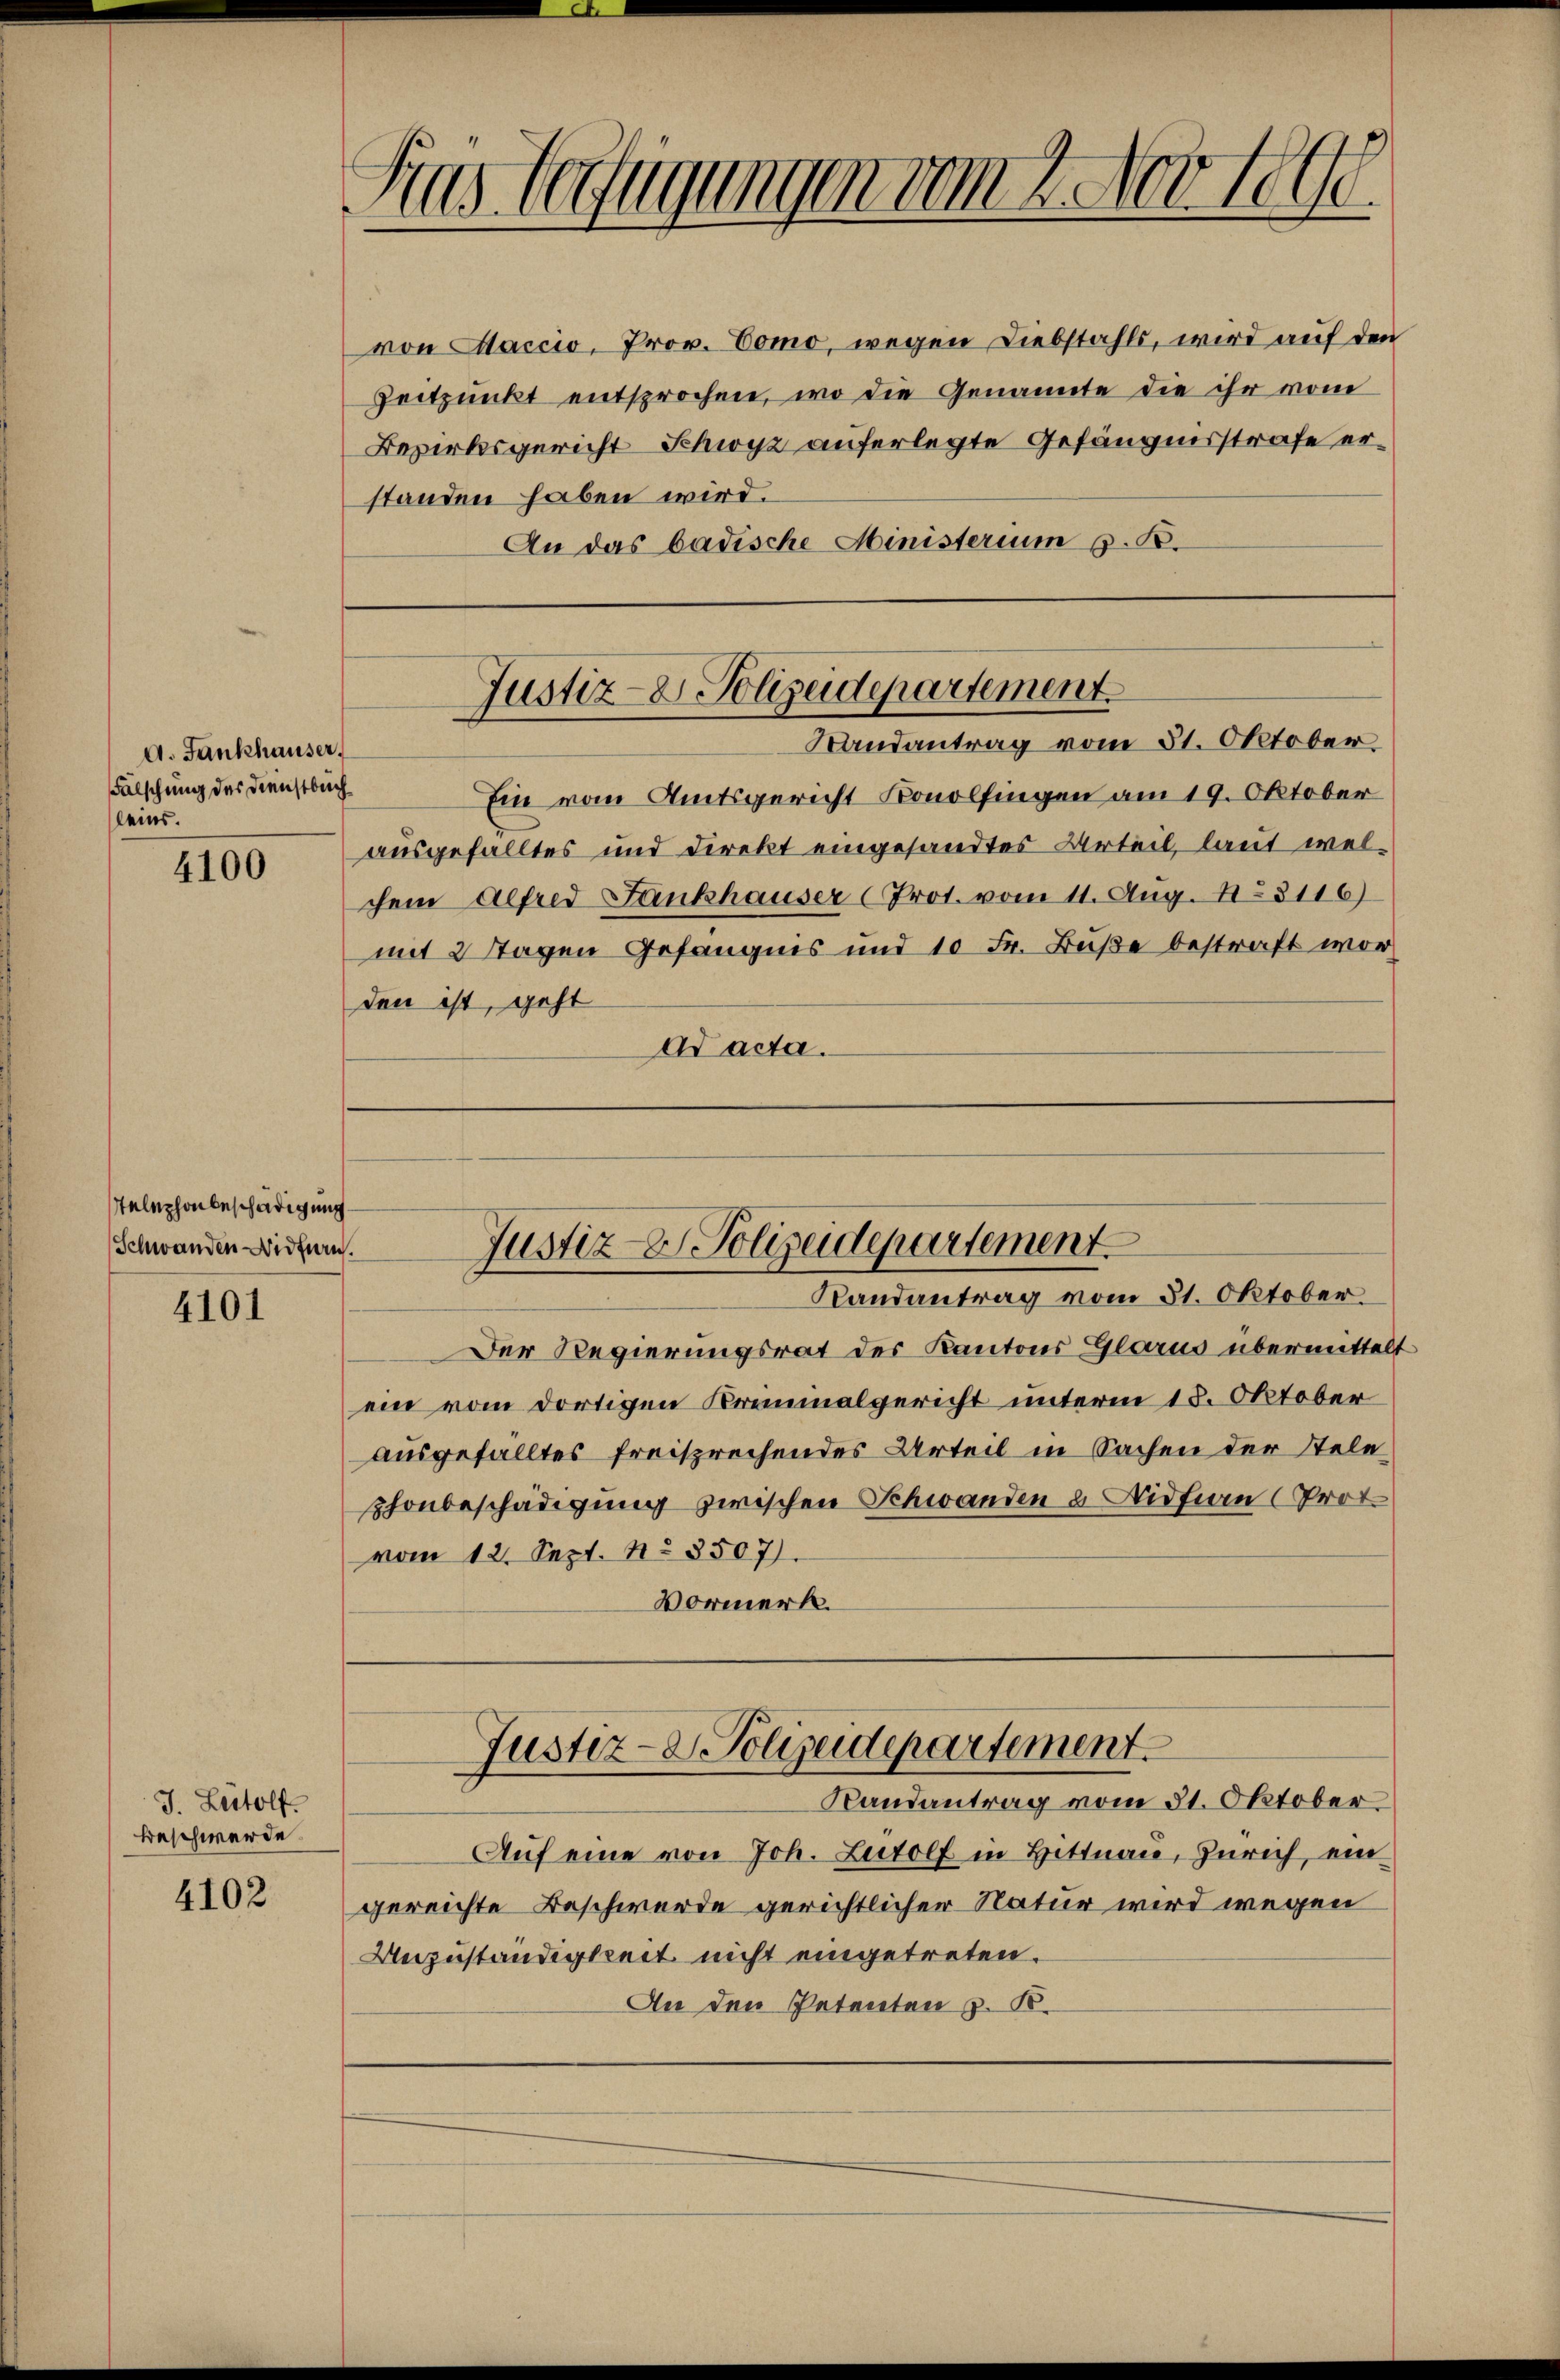
A. Fankhauser.
Falschung des Dienstbuch
leins.

4100

Telephonbeschädigung
Schwanden-Widfern.

4101

J. Rudolf.
Beschwerde.

4102

Kas Verfügungen vom 1. Nov. 1890.

von Maccio, Prov. Como, wegen Liebstahls, wird auf den
Zeitpunkt entsprochen, wo die Genannte die ihr vom
Bezirksgericht Schwyz auferlegte Gefängnisstrafe erstanden haben wird.
An das badische Ministerium z. B.

Justiz- & Polizeidepartement
Randantrag vom 31. Oktober

Justiz- & Polizeidepartement.
Randantrag vom 31. Oktober.

Der Regierungsrat des Kantons Glarus übermittelt
ein vom dortigen Kriminalgericht unterm 18. Oktober
ausgefälltes freisprechendes Urteil in Sachen der Stele
phonbeschädigung zwischen Schwanden u. Nidfin (Prot.
vom 12. Sept. No 3507).
Vormerk.

Justiz- & Polizeidepartement.
Landantrag vom 31. Oktober

Ein vom Amtsgericht Konolfingen am 19. Oktober
ausgefälltes und Direkt eingesandtes Urteil, laut weichem Alfred Fankhauser (Prot. vom 11. Aug. No 8116)
mit 2 Stagen Gefängnis und 10 Fr. Buße bestraft worden ist, geht
Ad acta.

Auf eine von Joh. Ludolf in Hittnau, Zürich, ein
gereichte Beschwerde gerichtlicher Natur wird wegen
Unzuständigkeit nicht eingetreten.
An den Petenten z. B.